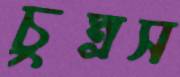
চুম্‌রস